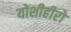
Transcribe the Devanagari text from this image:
योशीहीरो